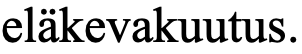
eläkevakuutus.